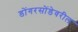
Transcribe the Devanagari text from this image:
डोंगरसोंडेवरील